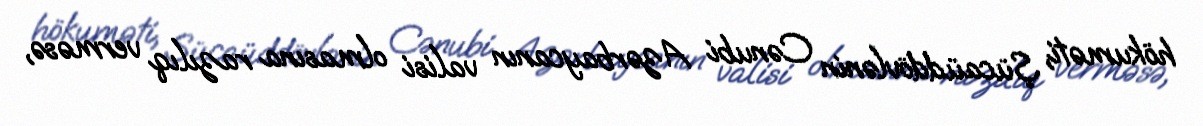
hökuməti, Şücaüddövlənin Cənubi Azərbaycanın valisi olmasına razılıq verməsə,